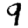
Digit: 9